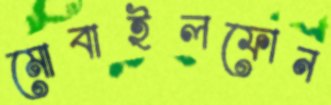
মোবাইলফোন